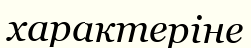
характеріне